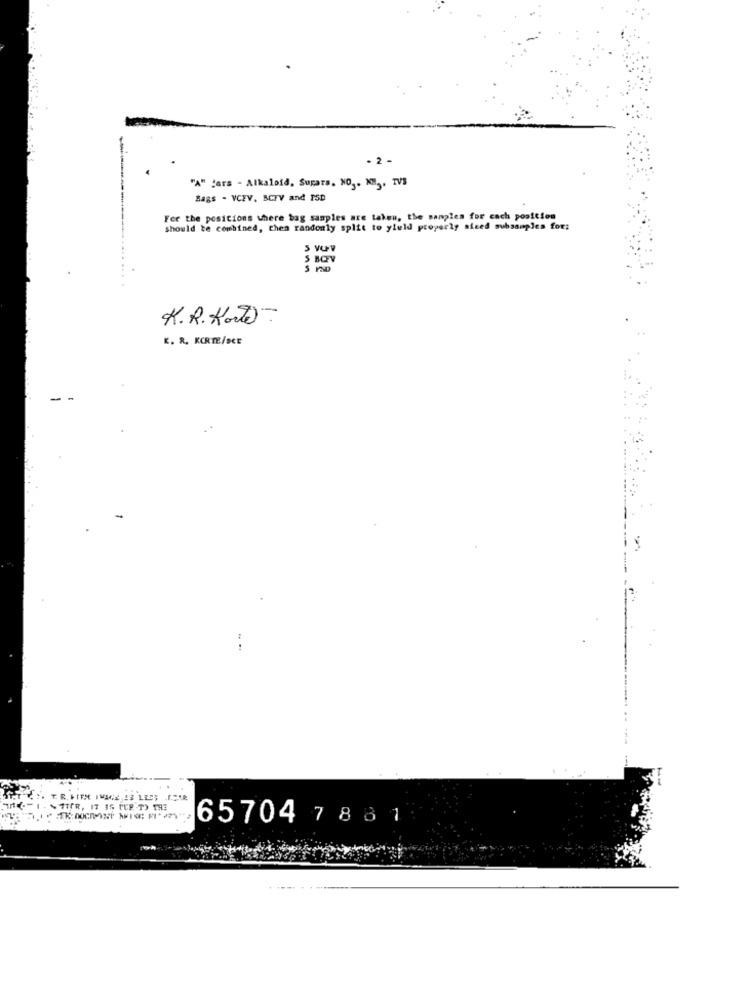
- 2 -
"A" "ara - Alkaloid, Sugars. NO3. NM .. TVS
Bags - VCEV, BCTV and ISD
---
Fer the positions where bag samples are taken, the samples for cach position
should te combined, then randomly split to yield properly siced subsamples for:
s vov
3 BOV
K. R. Korte
K. R. KORTE/SCE
65704 7 881